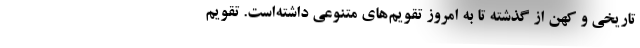
تاریخی و کهن از گذشته تا به امروز تقویم‌های متنوعی داشته‌است. تقویم